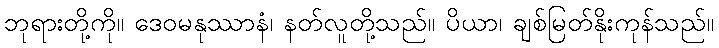
ဘုရားတို့ကို။ ဒေဝမနုဿာနံ၊ နတ်လူတို့သည်။ ပိယာ၊ ချစ်မြတ်နိုးကုန်သည်။